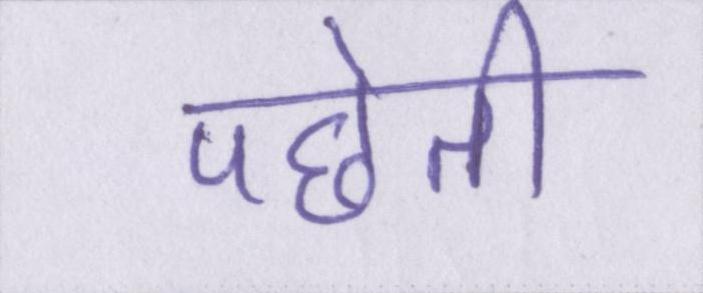
पछेती